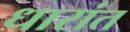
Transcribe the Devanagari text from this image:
धारांत